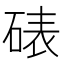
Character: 𪿦